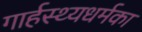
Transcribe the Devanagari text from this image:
गार्हस्थ्यधर्मका